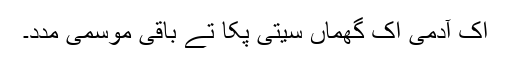
اک آدمی اک گھُماں سیتی پکّا تے باقی موسمی مدد۔